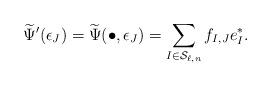
LaTeX: \begin{align*}\widetilde{\Psi}^\prime (\epsilon_J) = \widetilde{\Psi} (\bullet, \epsilon_J) = \sum_{I \in \mathcal{S}_{\ell,n} } f_{I,J} e_I^*.\end{align*}